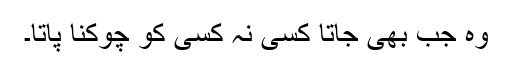
وہ جب بھی جاتا کسی نہ کسی کو چوکنّا پاتا۔